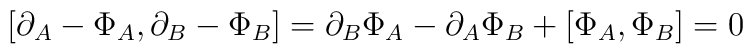
[\partial_A-\Phi_A,\partial_B-\Phi_B]=\partial_B\Phi_A-\partial_A\Phi_B+[\Phi_A,\Phi_B]=0